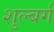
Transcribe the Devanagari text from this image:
शुल्बर्ग